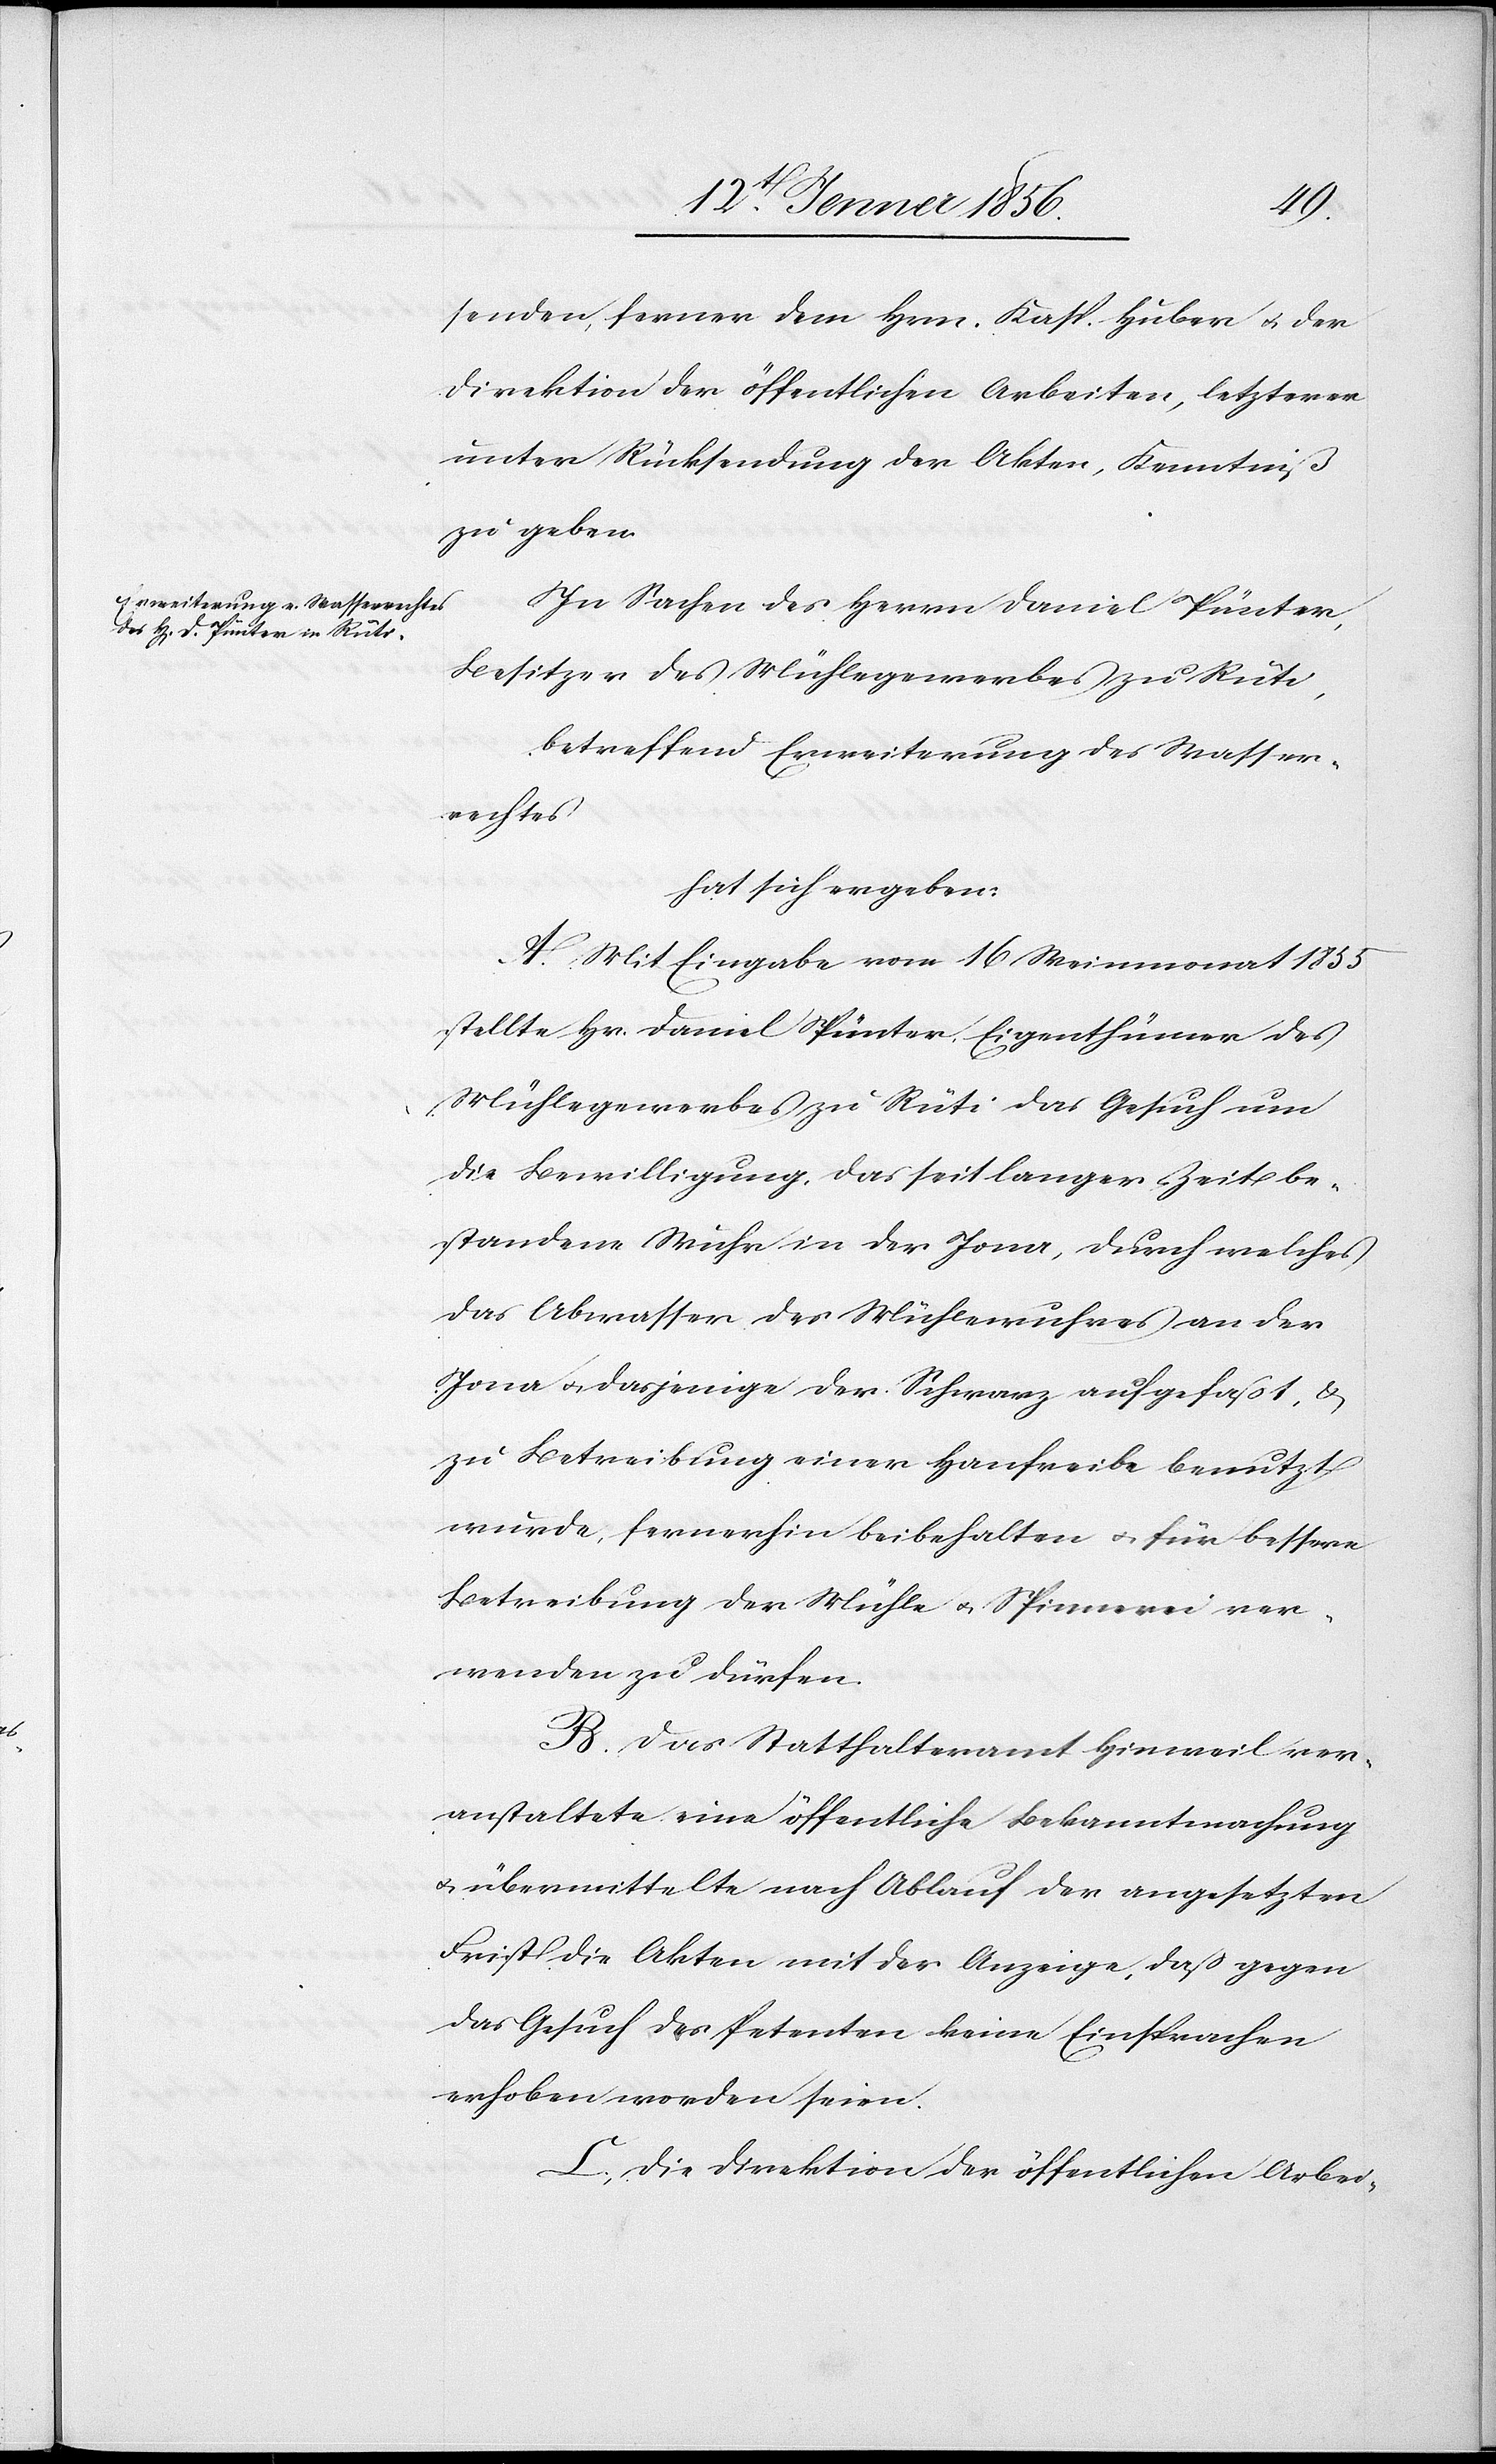
senden, ferner dem Hrn. Kasp. Huber u. der
Direktion der öffentlichen Arbeiten, letzterer
unter Rücksendung der Akten, Kenntniß
zu geben.
In Sachen des Herrn Daniel Pünter,
Besitzer des Mühlegewerbes zu Rüti,
betreffend Erweiterung des Wasser¬
rechtes
hat sich ergeben:
A. Mit Eingabe vom 16 Weinmonat 1855
stellte Hr. Daniel Pünter, Eigenthümer des
Mühlegewerbes zu Rüti das Gesuch um
die Bewilligung, das seit langer Zeit be¬
standene Wuhr in der Jona, durch welches
das Abwasser des Mühlewuhres an der
Jona u. derjenige der Schwarz aufgefaßt, u.
zu Betreibung einer Hanfreibe benutzt
wurde, fernerhin beibehalten u. für bessere
Betreibung der Mühle u. Spinnerei ver¬
wenden zu dürfen.
B. Das Statthalteramt Hinweil ver¬
anstaltete eine öffentliche Bekanntmachung
u. übermittelte nach Ablauf der angesetzten
Frist die Akten mit der Anzeige, daß gegen
das Gesuch des Petenten keine Einsprachen
erhoben worden seien.
C. Die Direktion der öffentlichen Arbei-